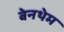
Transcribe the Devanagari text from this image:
बेनथेम